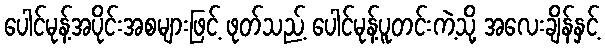
ပေါင်မုန့်အပိုင်းအစများဖြင့် ဖုတ်သည့် ပေါင်မုန့်ပူတင်းကဲ့သို့ အလေးချိန်နှင့်